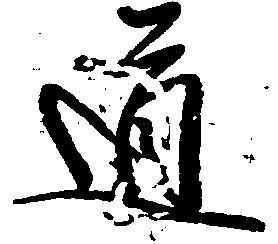
道